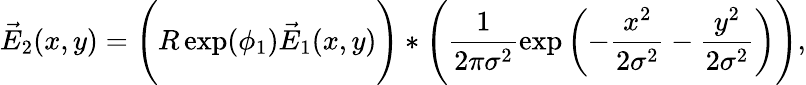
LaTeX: \vec{E}_{2}(x,y)=\Bigg(R\exp(\phi_{1})\vec{E}_{1}(x,y)\Bigg)\ast\Bigg(\frac{1}{2\pi\sigma^{2}}\exp\left(-\frac{x^{2}}{2\sigma^{2}}-\frac{y^{2}}{2\sigma^{2}}\right)\Bigg),